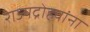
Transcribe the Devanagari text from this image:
राज्यद्रोह्यांना